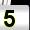
Digit: 5